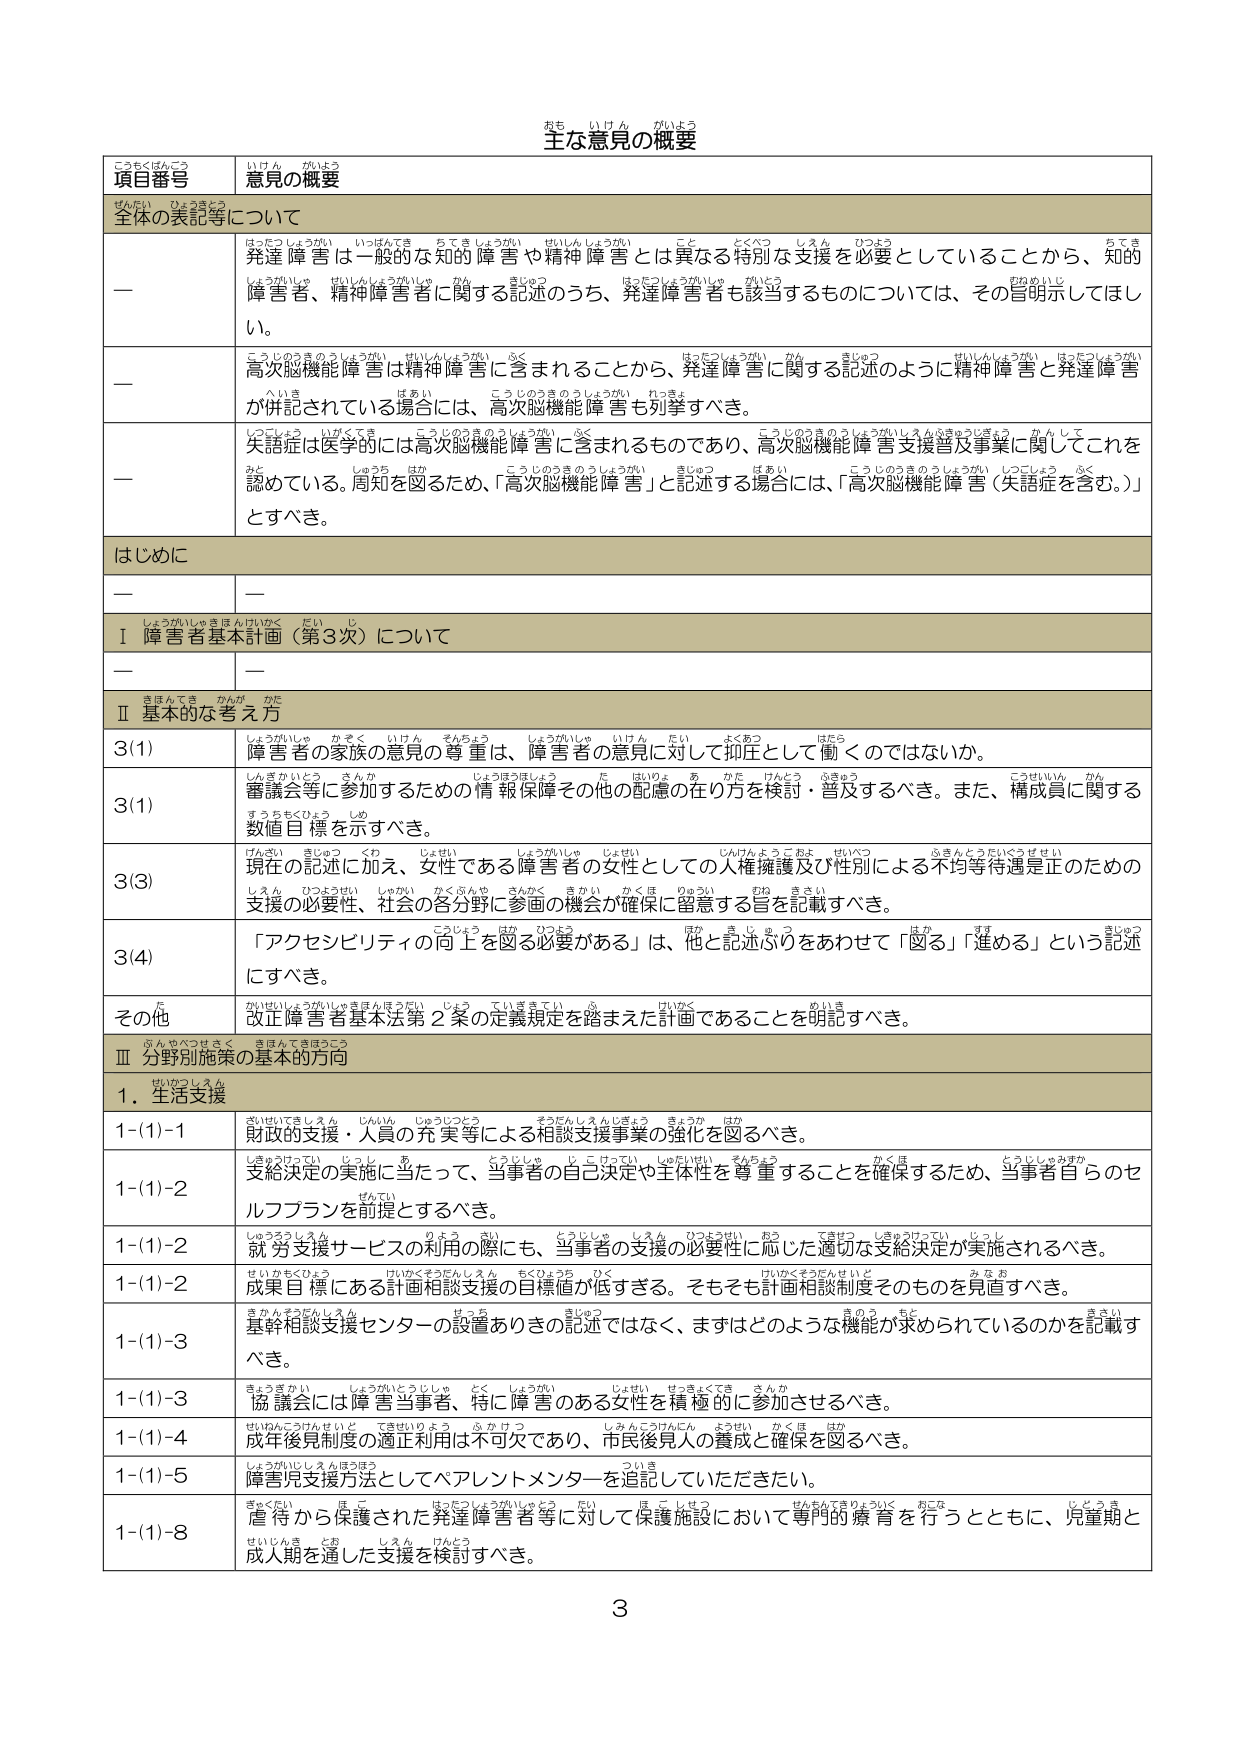
主な意見の概要

項目番号 意見の概要

全体の表記等について

一 発達障害は一般的な知的障害や精神障害とは異なる特別な支援を必要としていることから、知的障害者、精神障害者に関する記述のうち、発達障害者も該当するものについては、その旨明示してほしい。

一 高次脳機能障害は精神障害に含まれることから、発達障害に関する記述のように精神障害と発達障害が併記されている場合には、高次脳機能障害も列挙すべき。

一 失語症は医学的には高次脳機能障害に含まれるものであり、高次脳機能障害支援普及事業に関してこれを認めている。周知を図るため、「高次脳機能障害」と記述する場合には、「高次脳機能障害（失語症を含む。）」とすべき。

はじめに

一 ー

Ⅰ 障害者基本法（第3次）について

一 ー

Ⅱ 基本的な考え方

3(1) 障害者の家族の意見の尊重は、障害者の意見に対して抑圧として働くのではない。

3(1) 審議会等に参加するための情報保障その他の配慮の在り方を検討・普及するべき。また、構成員に関する数値目標を示すべき。

3(3) 現在の記述に加え、女性である障害者の女性としての人権擁護及び性別による不均衡待遇是正のための支援の必要性、社会の各分野に参画の機会が確保に留意する旨を記載すべき。

3(4) 「アクセシビリティの向上を図る必要がある」は、他と記述がバラバラをあわせて「図る」「進める」という記述にすべき。

その他 改正障害者基本法第2条の定義規定を踏まえた計画であることを明記すべき。

Ⅲ 分野別施策の基本的方針

1．生活支援

1-(1)-1 財政的支援・人員の充実等による相談支援事業の強化を図るべき。

1-(1)-2 支給決定の実施に当たって、当事者の自己決定や主体性を尊重することを確保するため、当事者自らのセルフプランを前提とするべき。

1-(1)-2 就労支援サービスの利用の際にも、当事者の支援の必要性に応じた適切な支給決定が実施されるべき。

1-(1)-2 成果目標にある計画相談支援の目標値が低すぎる。そもそも計画相談制度そのものを見直すべき。

1-(1)-3 基幹相談支援センターの設置ありきの記述ではなく、まずはどのような機能が求められているのかを記載すべき。

1-(1)-3 協議会には障害当事者、特に障害のある女性を積極的に参加させるべき。

1-(1)-4 成年後見制度の適正利用は不可欠であり、市民後見人の養成と確保を図るべき。

1-(1)-5 障害児支援方法としてペアレントメンターを追記していただきたい。

1-(1)-8 虐待から保護された発達障害者等に対して保護施設において専門的療育を行うとともに、児童期と成人期を通した支援を検討すべき。

3